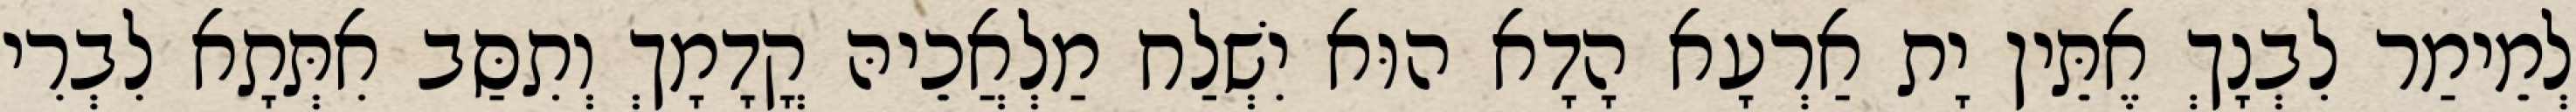
לְמֵימַר לִבְנָךְ אֶתֵּין יָת אַרְעָא הָדָא הוּא יִשְׁלַח מַלְאֲכֵיהּ קֳדָמָךְ וְתִסַּב אִתְּתָא לִבְרִי